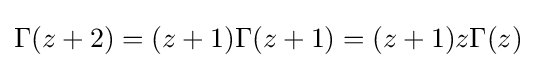
\Gamma (z+2)=(z+1)\Gamma (z+1)=(z+1)z\Gamma (z)